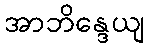
အာဘိန္ဒေယျ